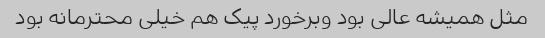
مثل همیشه عالی بود و‌برخورد پیک‌ هم خیلی محترمانه بود